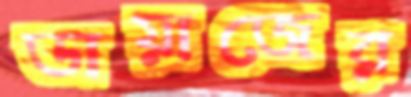
ডায়াজের